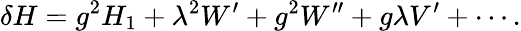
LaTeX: \delta H=g^{2}H_{1}+\lambda^{2}W^{\prime}+g^{2}W^{\prime\prime}+g\lambda V^{\prime}+\cdots.